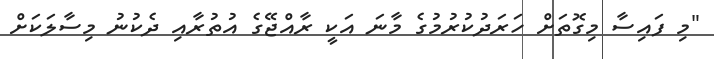
"މި ފައިސާ މިގޮތަށް ހަރަދުކުރުމުގެ މާނަ އަކީ ރާއްޖޭގެ އުތުރާއި ދެކުނު މިސާލަކަށް